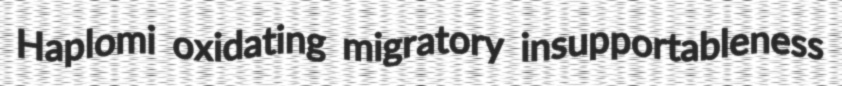
Haplomi oxidating migratory insupportableness